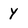
Character: Y